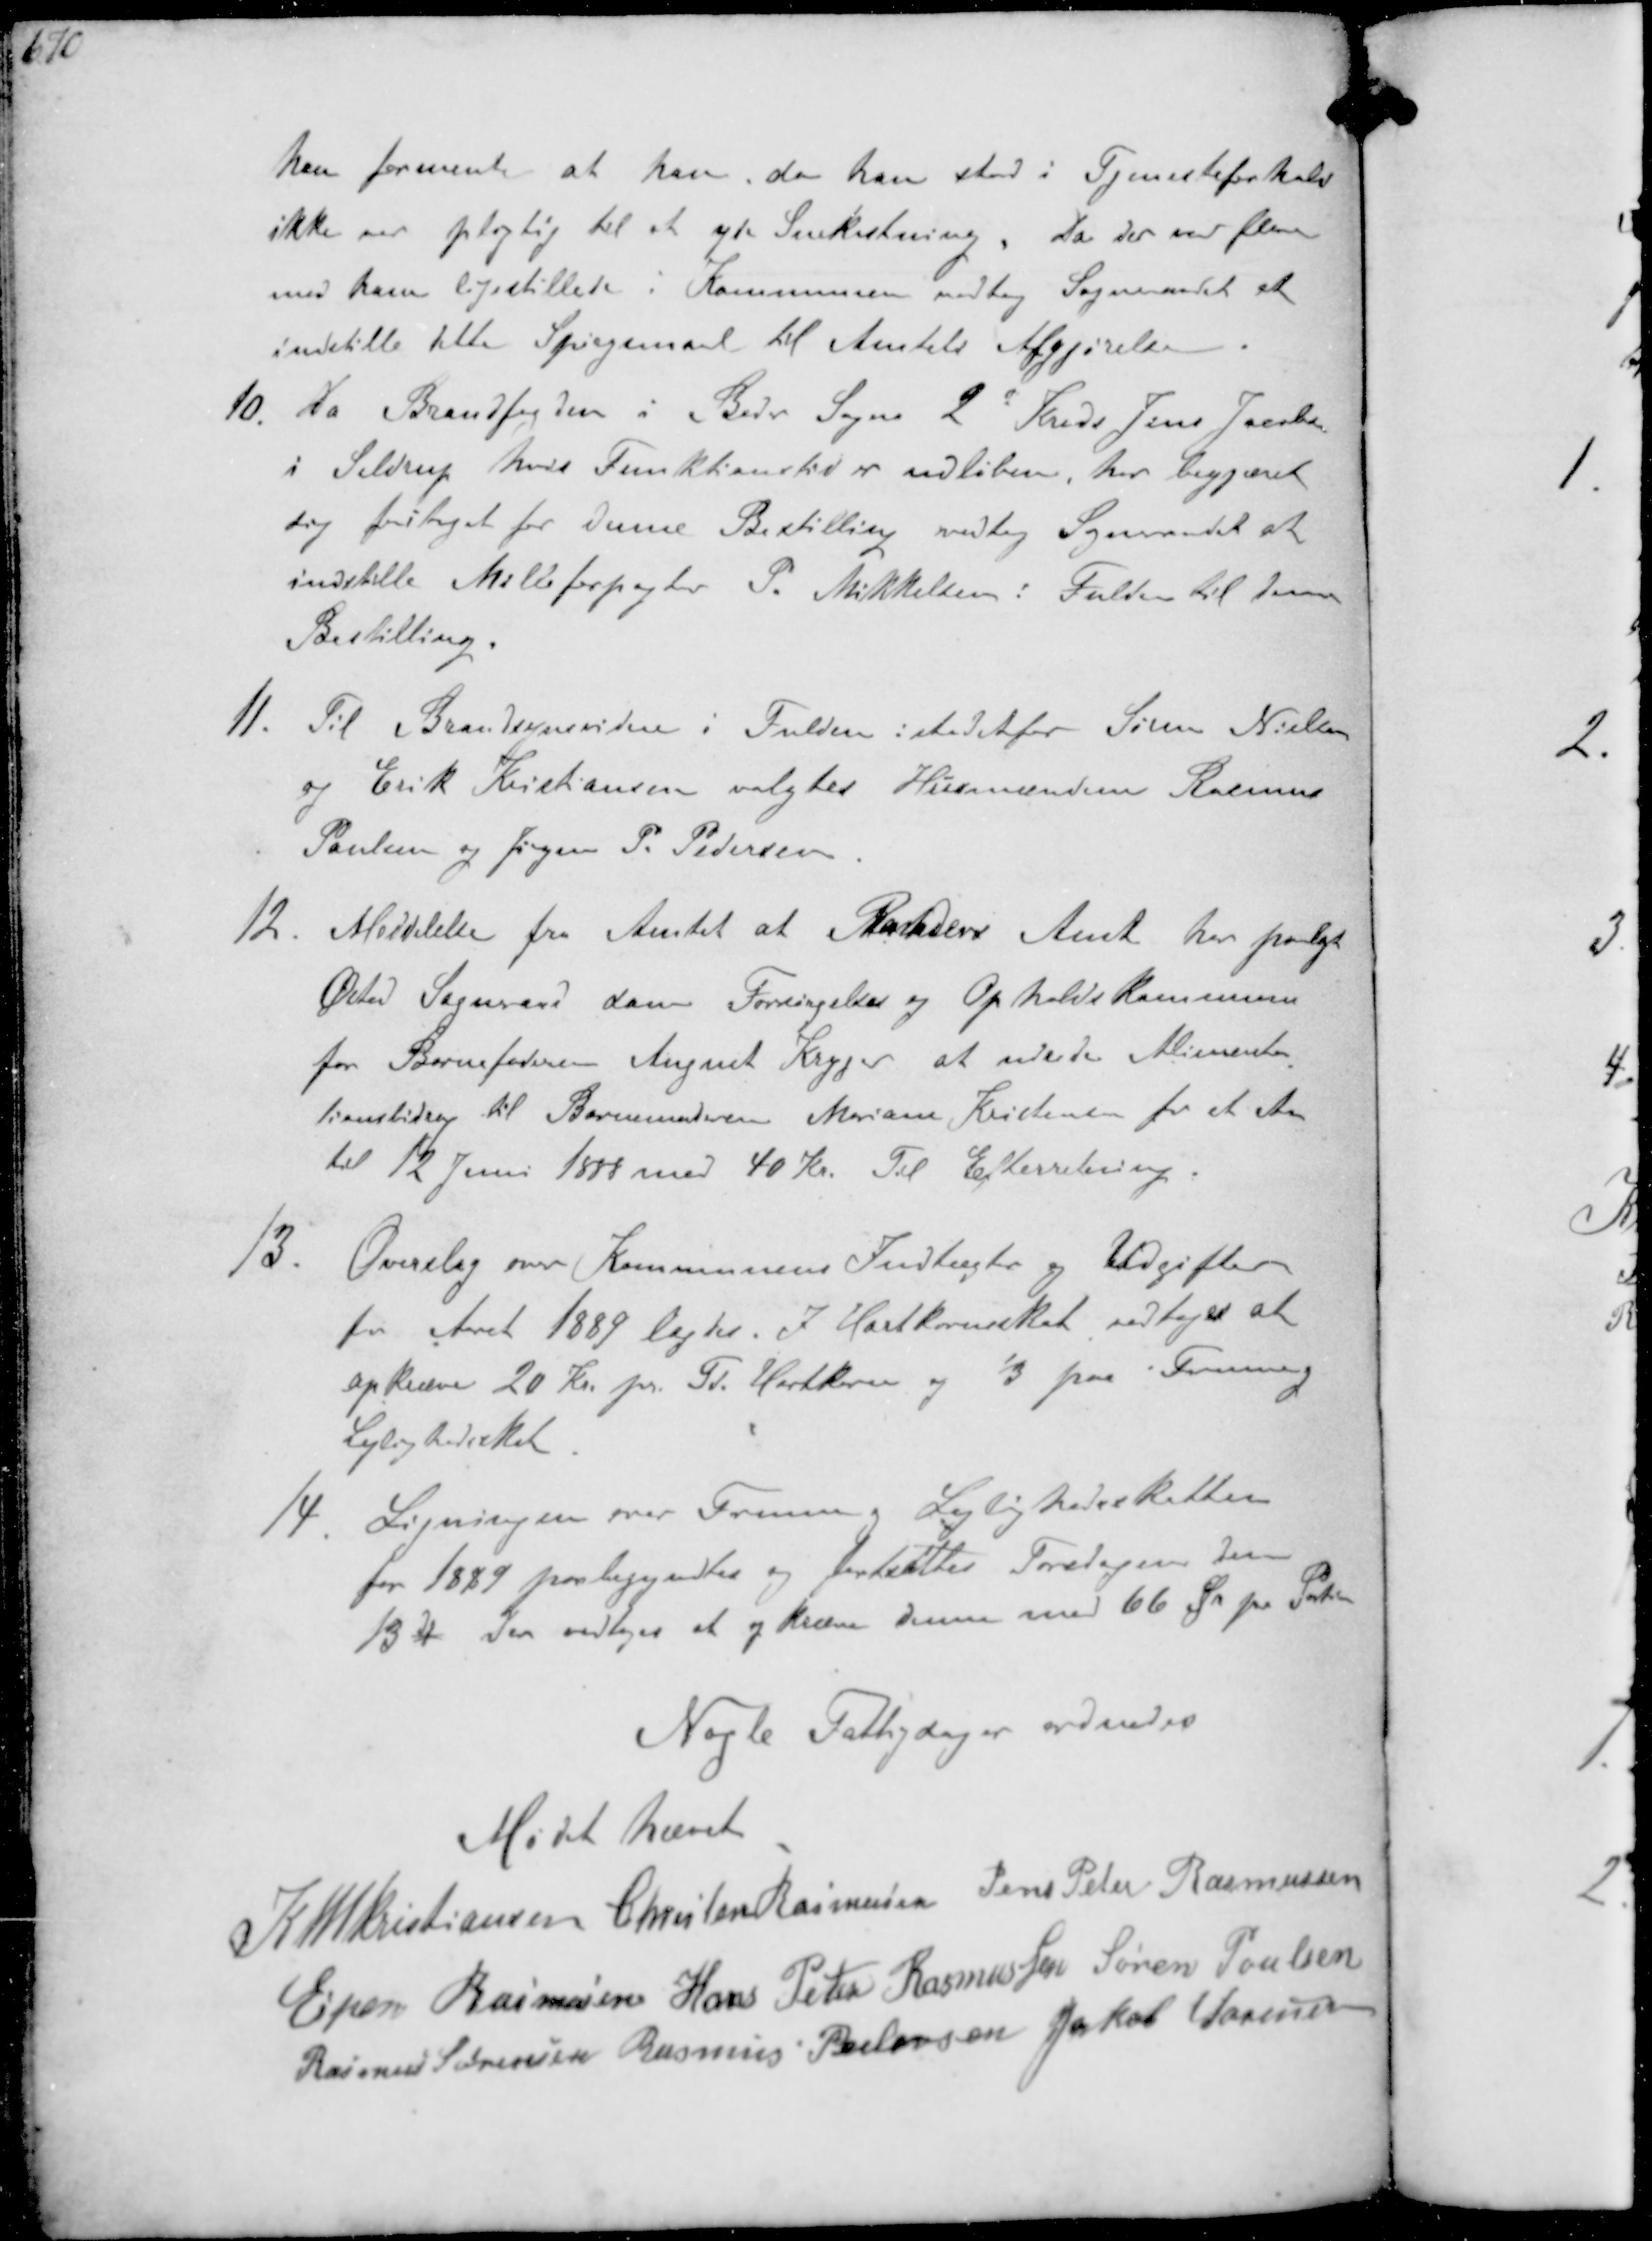
Transskription:
han formente at han, da han stod i Tjenesteforhold
ikke var pligtig til at yde Snekastning, da der var flere
med ham ligestillede i Kommunen vedtog Sogneraadet at
indstille det Spørgsmaal til Amtets Afgjørelse.
10. Da Brandfogden i Beder Sogns 2d Kreds Jens Jacobsen
i Seldrup hvis Funktionstid er udløben her begjæret
sig fritaget for denne Bestilling vedtog Sogneraadet at
indstille Mølleforpagter P. Mikkelsen i Fulden til denne
Bestilling.
11. Til Brandsynsvidne i Fulden istedetfor Søren Nielsen
og Erik Kristiansen valgtes Husmændene Rasmus
Poulsen og Jørgen P. Pedersen
12. Meddelelse fra Amtet at Randers Amt her paalgt
Øster Sogneraad som Forsørgelses og Opholdskommune
for Barnefaderen August Kryger at udrede Alimenta-
tionsbidrag til Barnemoderen Marian Kristensen for et Aar
til 12 Juni 1888 med 40 Kr. Til Efterretning
13. Overslag over Kommunens Indtægter og Udgifter
for Aaret 1889 lagdes. I Hartkornsskat vedtoges at
opkræve 20 Kr pr. Td. Hartkorn og 1/3 paa Formue og
Lejlighedsskat
14. Ligningen over Formue og Lejlighedsskatter
for 1889 paabegyndtes og fortsattes Fredagen den
13 ds Der vedtoges at kræve denne med 66 Øre pr Portion

Nogle Fattigdager ordnedes

Mødet hævet

K N M Kristiansen Christen Rasmussen Jens Peter Rasmussen
Espen Rasmussen Hans Peter Rasmussen Søren Poulsen
Rasmus Sørensen Rasmus Pedersen Jakob Sørensen